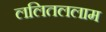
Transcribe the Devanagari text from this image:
ललितललाम